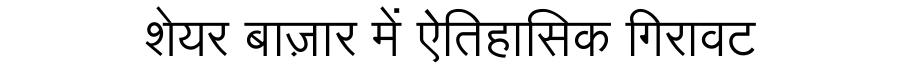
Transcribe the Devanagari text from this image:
शेयर बाज़ार में ऐतिहासिक गिरावट